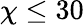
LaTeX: \chi\leq 30